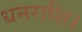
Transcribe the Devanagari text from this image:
धनराशि।